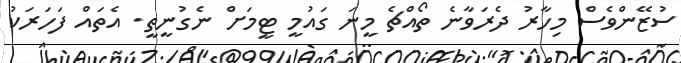
ސުޒޭންވެސް މިހާރު ދެރަވާނެ ތޯއްޗެ މީނަ ގައުމީ ޓީމަށް ނެގުނީތީ. އެތައް ފަހަރަކު